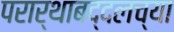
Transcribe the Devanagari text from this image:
परार्थाबद्दलच्या